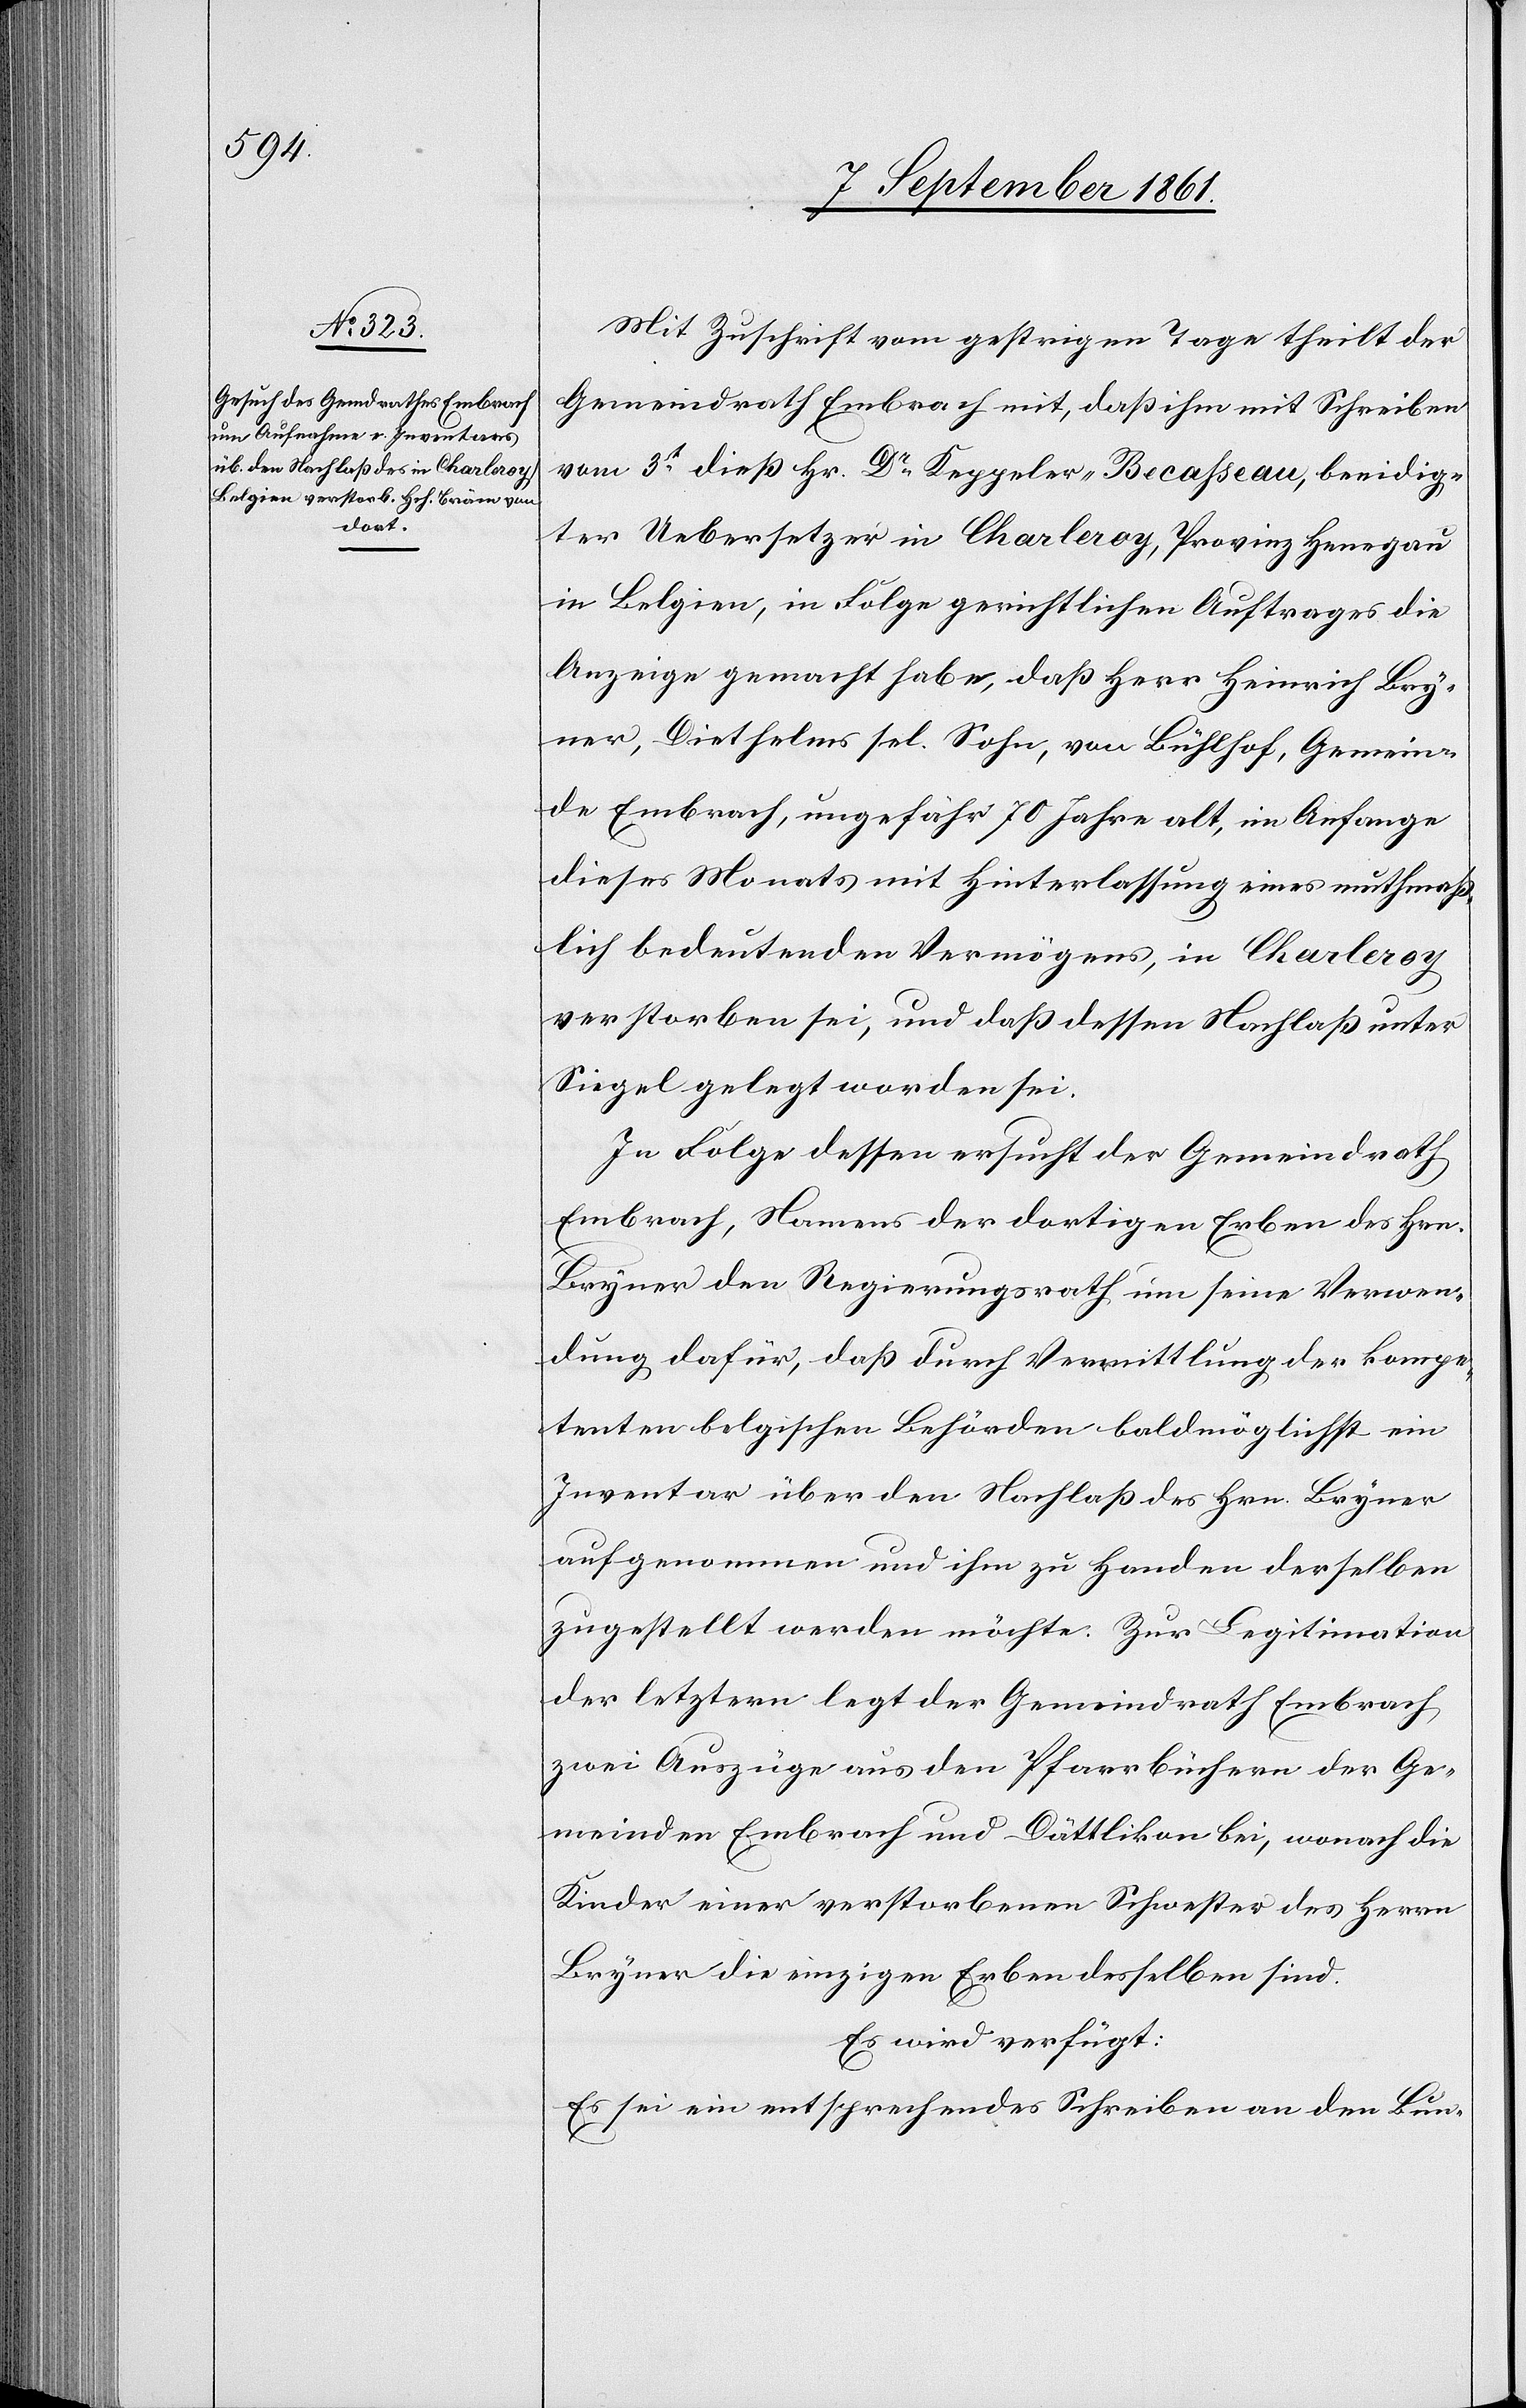
Mit Zuschrift vom gestrigen Tage theilt der
Gemeindrath Embrach mit, daß ihm mit Schreiben
vom 3t dieß Hr. Dr Kappeler-Becasseau, beeidig¬
ter Uebersetzer in Charleroy, Provinz Henegau
in Belgien, in Folge gerichtlichen Auftrages die
Anzeige gemacht habe, daß Herr Heinrich Bry¬
ner, Diethelms sel. Sohn, vom Bühlhof, Gemein¬
de Embrach, ungefähr 70 Jahre alt, im Anfange
dieses Monats mit Hinterlassung eines muthmaß¬
lich bedeutenden Vermögens, in Charleroy
verstorben sei, und daß dessen Nachlaß unter
Siegel gelegt worden sei.
In Folge dessen ersucht der Gemeindrath
Embrach, Namens der dortigen Erben des Hrn.
Bryner den Regierungsrath um seine Verwen¬
dung dafür, daß durch Vermittlung der kompe¬
tenten belgischen Behörden baldmöglichst ein
Inventar über den Nachlaß des Hrn. Bryner
aufgenommen und ihm zu Handen derselben
zugestellt werden möchte. Zur Legitimation
der letztern legt der Gemeindrath Embrach
zwei Auszüge aus den Pfarrbüchern der Ge¬
meinden Embrach und Dättlikon bei, wonach die
Kinder einer verstorbenen Schwester des Herrn
Bryner die einzigen Erben desselben sind.
Es wird verfügt:
Es sei ein entsprechendes Schreiben an den Bun-